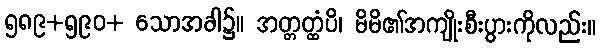
၅၈၉+၅၉၀+ သောအခါ၌။ အတ္တတ္ထံပိ၊ မိမိ၏အကျိုးစီးပွားကိုလည်း။